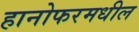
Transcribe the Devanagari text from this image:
हानोफरमधील